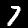
Digit: 7